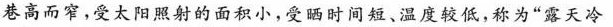
巷高而窄，受太阳照射的面积小，受晒时间短、温度较低，称为”露天冷